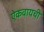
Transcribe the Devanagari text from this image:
ऐकवायची